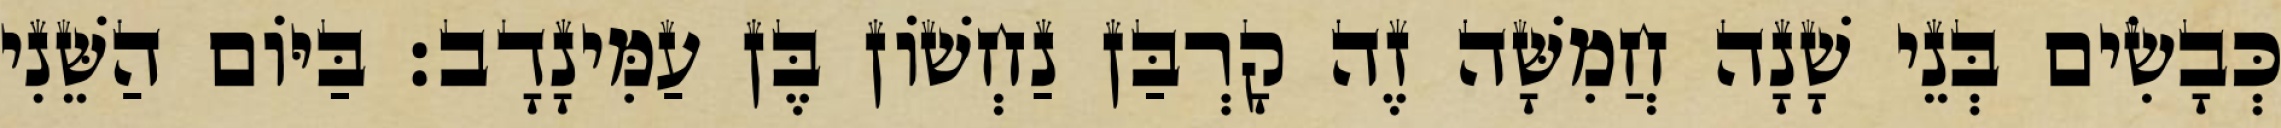
כְּבָשִׂים בְּנֵי שָׁנָה חֲמִשָּׁה זֶה קָרְבַּן נַחְשׁוֹן בֶּן עַמִּינָדָב׃ בַּיּוֹם הַשֵּׁנִי